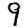
Digit: 9